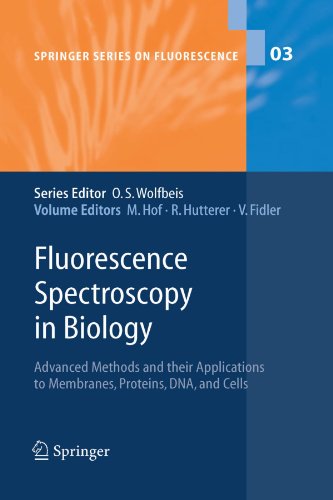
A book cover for Fluorescence Spectroscopy in Biology: Advanced Methods and their Applications to Membranes, Proteins, DNA, and Cells (Springer Series on Fluorescence); Science & Math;